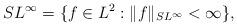
LaTeX: \begin{align*} SL^\infty = \{f\in L^2 : \|f\|_{SL^\infty} < \infty\},\end{align*}